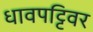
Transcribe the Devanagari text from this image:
धावपट्टिवर